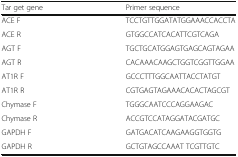
<table><thead><tr><td><b>Tar get gene</b></td><td><b>Primer sequence</b></td></tr></thead><tbody><tr><td>ACE F</td><td>TCCTGTTGGATATGGAAACCACCTA</td></tr><tr><td>ACE R</td><td>GTGGCCATCACATTCGTCAGA</td></tr><tr><td>AGT F</td><td>TGCTGCATGGAGTGAGCAGTAGAA</td></tr><tr><td>AGT R</td><td>CACAAACAAGCTGGTCGGTTGGAA</td></tr><tr><td>AT1R F</td><td>GCCCTTTGGCAATTACCTATGT</td></tr><tr><td>AT1R R</td><td>CGTGAGTAGAAACACACTAGCGT</td></tr><tr><td>Chymase F</td><td>TGGGCAATCCCAGGAAGAC</td></tr><tr><td>Chymase R</td><td>ACCGTCCATAGGATACGATGC</td></tr><tr><td>GAPDH F</td><td>GATGACATCAAGAAGGTGGTG</td></tr><tr><td>GAPDH R</td><td>GCTGTAGCCAAAT TCGTTGTC</td></tr></tbody></table>